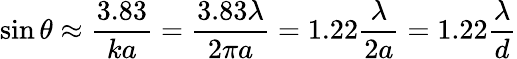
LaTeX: \sin\theta\approx{\frac{3.83}{ka}}={\frac{3.83\lambda}{2\pi a}}=1.22{\frac{\lambda}{2a}}=1.22{\frac{\lambda}{d}}